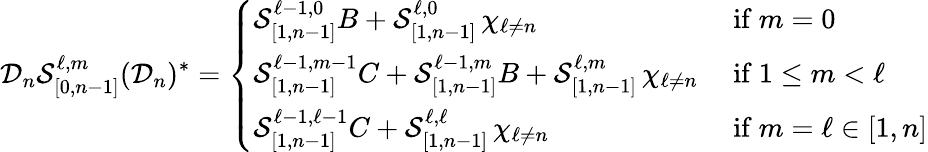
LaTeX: \mathcal{D}_{n}\mathcal{S}_{[0,n-1]}^{\ell,m}(\mathcal{D}_{n})^{*}=\left\{ \begin{array}{ll}{\mathcal{S}_{[1,n-1]}^{\ell-1,0}B+\mathcal{S}_{[1,n-1]}^{\ell,0}\, \chi_{\ell\neq n}}&{\mathrm{~if~}m=0}\\ {\mathcal{S}_{[1,n-1]}^{\ell-1,m-1}C+\mathcal{S}_{[1,n-1]}^{\ell-1,m}B+\mathcal{S}_{[1,n-1]}^{\ell,m}\, \chi_{\ell\neq n}}&{\mathrm{~if~}1\leq m<\ell}\\ {\mathcal{S}_{[1,n-1]}^{\ell-1,\ell-1}C+\mathcal{S}_{[1,n-1]}^{\ell,\ell}\, \chi_{\ell\neq n}}&{\mathrm{~if~}m=\ell\in[1,n]}\end{array}\right.